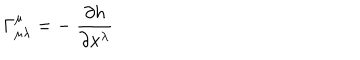
LaTeX: \Gamma _ { \mu \lambda } ^ { \mu } = - \ \frac { \partial h } { \partial x ^ { \lambda } }